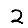
Digit: 2